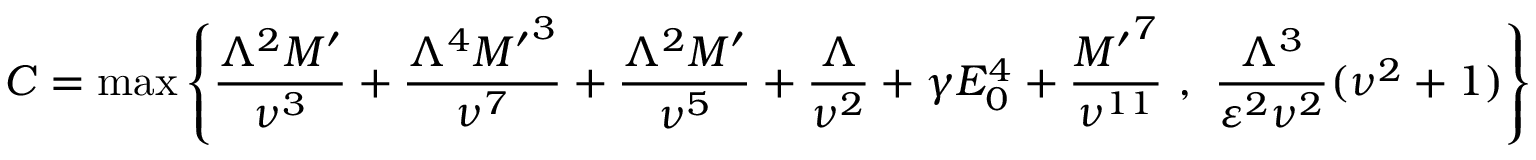
C = \operatorname* { m a x } { \left\{ \frac { \Lambda ^ { 2 } M ^ { \prime } } { \nu ^ { 3 } } + \frac { \Lambda ^ { 4 } { M ^ { \prime } } ^ { 3 } } { \nu ^ { 7 } } + \frac { \Lambda ^ { 2 } M ^ { \prime } } { \nu ^ { 5 } } + \frac { \Lambda } { \nu ^ { 2 } } + \gamma E _ { 0 } ^ { 4 } + \frac { { M ^ { \prime } } ^ { 7 } } { \nu ^ { 1 1 } } \ , \ \frac { \Lambda ^ { 3 } } { \varepsilon ^ { 2 } \nu ^ { 2 } } ( \nu ^ { 2 } + 1 ) \right\} }